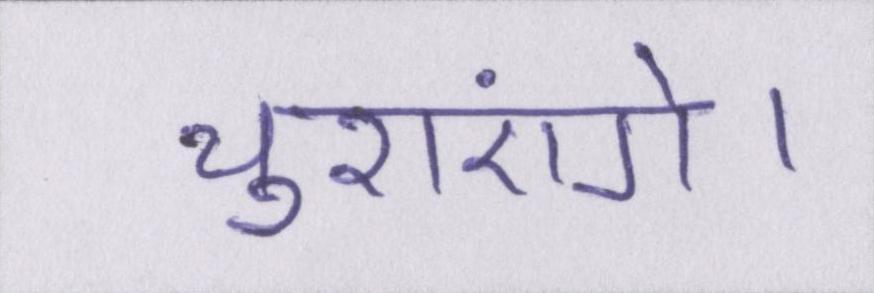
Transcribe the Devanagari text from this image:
चुराएंगे।